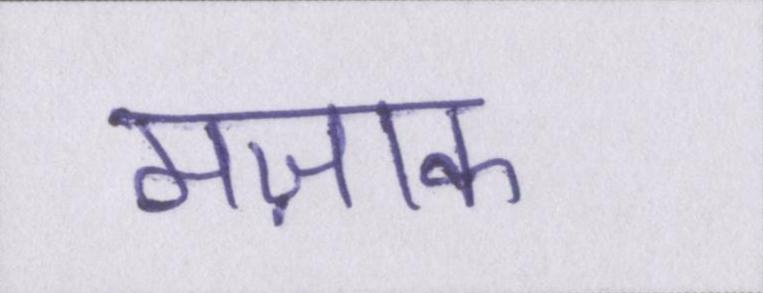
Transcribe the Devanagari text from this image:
मज़ाक